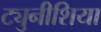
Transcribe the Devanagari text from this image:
ट्युनीशिया